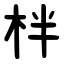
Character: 柈